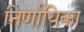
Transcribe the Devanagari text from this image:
निर्णायिका